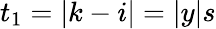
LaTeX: t_{1}=|k-i|=|y|s